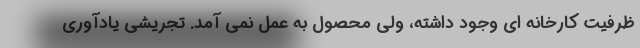
ظرفیت کارخانه ای وجود داشته، ولی محصول به عمل نمی آمد. تجریشی یادآوری